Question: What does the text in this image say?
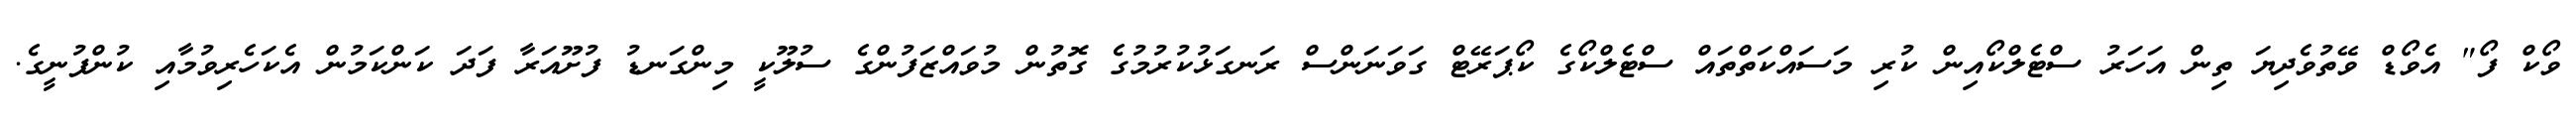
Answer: ވޯކް ފޯ" އެވޯޑް ވޭތުވެދިޔަ ތިން އަހަރު ސްޓެލްކޯއިން ކުރި މަސައްކަތްތައް ސްޓެލްކޯގެ ކޯޕަރޭޓް ގަވަނަންސް ރަނގަޅުކުރުމުގެ ގޮތުން މުވައްޒަފުންގެ ސުލޫކީ މިންގަނޑު ފުށޫއަރާ ފަދަ ކަންކަމުން އެކަހެރިވުމާއި ކުންފުނީގެ.